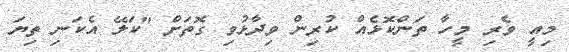
މިއީ ވެރި މީހާ ތަންކޮޅެއް ކުރިން ވިދާޅުވި ގޮތަށް "ކަލޭ އެކަނި ތިޔަ